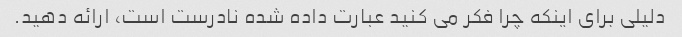
دلیلی برای اینکه چرا فکر می کنید عبارت داده شده نادرست است، ارائه دهید.